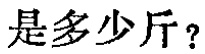
是多少斤？